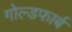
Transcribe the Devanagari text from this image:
गोल्डफार्ब